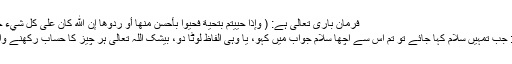
فرمانِ باری تعالی ہے: ( وَإِذَا حُيِّيتُمْ بِتَحِيَّةٍ فَحَيُّوا بِأَحْسَنَ مِنْهَا أَوْ رُدُّوهَا إِنَّ اللَّهَ كَانَ عَلَى كُلِّ شَيْءٍ حَسِيبًا )
ترجمہ: جب تمہیں سلام کہا جائے تو تم اس سے اچھا سلام جواب میں کہو، یا وہی الفاظ لوٹا دو، بیشک اللہ تعالی ہر چیز کا حساب رکھنے والا ہے۔